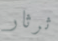
ثرثار